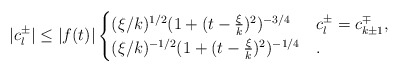
\begin{align*} |c_{l}^{\pm}| \leq |f(t)| \begin{cases} (\xi/k)^{1/2} (1+(t-\frac{\xi}{k})^2)^{-3/4} & c_{l}^{\pm}=c_{k\pm 1}^{\mp}, \\ (\xi/k)^{-1/2} (1+(t-\frac{\xi}{k})^2)^{-1/4} &. \end{cases} \end{align*}